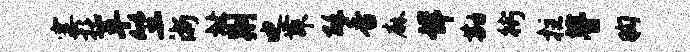
霎托革竺浙址荆迪舞酥香麻详勘街拄瞢胸